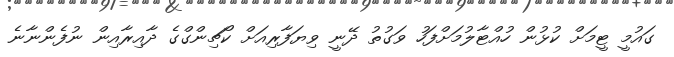
ގައުމީ ޓީމަށް ކުޅުން ހުއްޓާލުމަށްފަހު ވަގުތު ދޭނީ ވިޔަފާރިއަށް ކޯޗިންގްގެ ދާއިރާއިން ނުފެންނާނެ